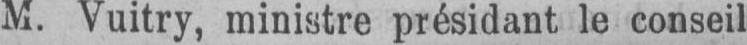
M. Vuitry, ministre présidant le conseil